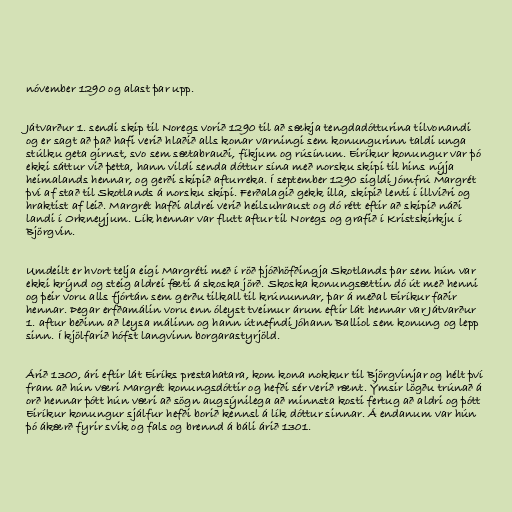
nóvember 1290 og alast þar upp.

Játvarður 1. sendi skip til Noregs vorið 1290 til að sækja tengdadótturina tilvonandi
og er sagt að það hafi verið hlaðið alls konar varningi sem konungurinn taldi unga
stúlku geta girnst, svo sem sætabrauði, fíkjum og rúsínum. Eiríkur konungur var þó
ekki sáttur við þetta, hann vildi senda dóttur sína með norsku skipi til hins nýja
heimalands hennar, og gerði skipið afturreka. Í september 1290 sigldi Jómfrú Margrét
því af stað til Skotlands á norsku skipi. Ferðalagið gekk illa, skipið lenti í illviðri og
hraktist af leið. Margrét hafði aldrei verið heilsuhraust og dó rétt eftir að skipið náði
landi í Orkneyjum. Lík hennar var flutt aftur til Noregs og grafið í Kristskirkju í
Björgvin.

Umdeilt er hvort telja eigi Margréti með í röð þjóðhöfðingja Skotlands þar sem hún var
ekki krýnd og steig aldrei fæti á skoska jörð. Skoska konungsættin dó út með henni
og þeir voru alls fjórtán sem gerðu tilkall til krúnunnar, þar á meðal Eiríkur faðir
hennar. Þegar erfðamálin voru enn óleyst tveimur árum eftir lát hennar var Játvarður
1. aftur beðinn að leysa málinn og hann útnefndi Jóhann Balliol sem konung og lepp
sinn. Í kjölfarið hófst langvinn borgarastyrjöld.

Árið 1300, ári eftir lát Eiríks prestahatara, kom kona nokkur til Björgvinjar og hélt því
fram að hún væri Margrét konungsdóttir og hefði sér verið rænt. Ýmsir lögðu trúnað á
orð hennar þótt hún væri að sögn augsýnilega að minnsta kosti fertug að aldri og þótt
Eiríkur konungur sjálfur hefði borið kennsl á lík dóttur sinnar. Á endanum var hún
þó ákærð fyrir svik og fals og brennd á báli árið 1301.